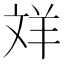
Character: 𦍢